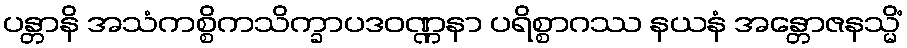
ပန္တာနိ အသံကစ္စိကသိက္ခာပဒဝဏ္ဏနာ ပရိစ္စာဂဿ နယနံ အန္တောဇနသ္မိံ